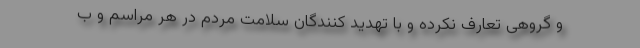
و گروهی تعارف نکرده و با تهدید کنندگان سلامت مردم در هر مراسم و ب